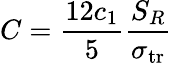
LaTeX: C=\frac{12c_{1}}{5}\frac{S_{R}}{\sigma_{\mathrm{tr}}}